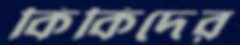
কিকিদের